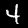
Digit: 4